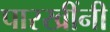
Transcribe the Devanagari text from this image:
पारखींनी